Report of the Bombay Plague Committee
Disease focus: Plague
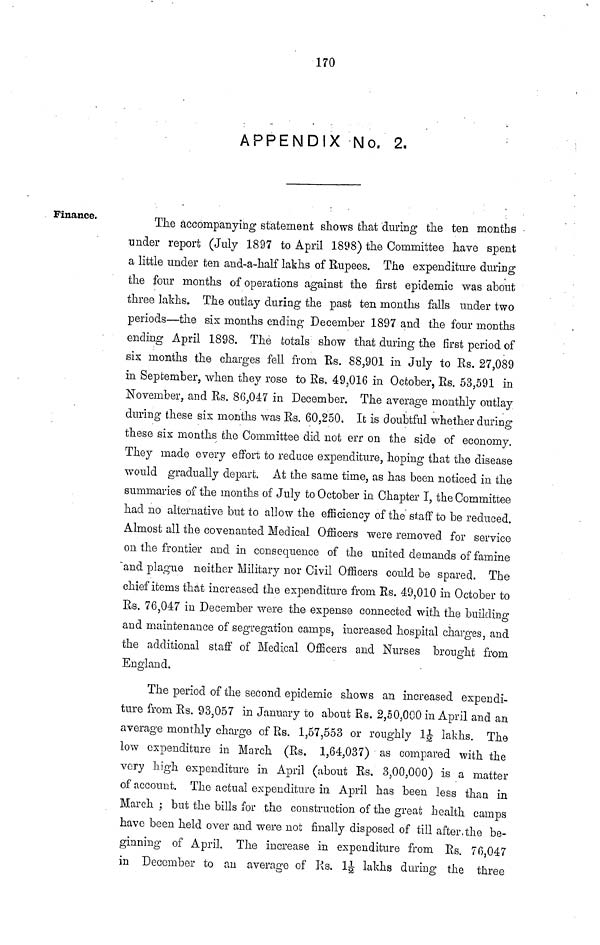
170
APPENDIX No. 2.
Finance.
The accompanying statement shows that during the ten months
under report (July 1897 to April 1898) the Committee have spent
a little under ten and-a-half lakhs of Rupees. The expenditure during
the four months of operations against the first epidemic was about
three lakhs. The outlay during the past ten months falls under two
periods—the six months ending December 1897 and the four months
ending April 1898. The totals show that during the first period of
six months the charges fell from Ks. 88,901 in July to Es. 27,089
in September, when they rose to Es, 49,016 in October, Es. 53,591 in
November, and Es. 86,047 in December. The average monthly outlay
during these six months was Es. 60,250. It is doubtful whether during
these six months the Committee did not err on the side of economy.
They made every effort to reduce expenditure, hoping that the disease
would gradually depart. At the same time, as has been noticed in the
summaries of the months of July to October in Chapter I, the Committee
had no alternative but to allow the efficiency of the staff to be reduced.
Almost all the covenanted Medical Officers were removed for service
on the frontier and in consequence of the united demands of famine
and plague neither Military nor Civil Officers could be spared. The
chief items that increased the expenditure from Rs. 49,010 in October to
Es. 76,047 in December were the expense connected with the building
and maintenance of segregation camps, increased hospital charges, and
the additional staff of Medical Officers and Nurses brought from
England.
The period of the second epidemic shows an increased expendi-
ture from Es. 93,057 in January to about Rs. 2,50,000 in April and an
average monthly charge of Es. 1,57,553 or roughly 1^ lakhs. The
low expenditure in March (Es. 1,64,037) as compared with the
very high expenditure in April (about Es, 3,00,000) is a matter
of account. The actual expenditure in April has been less than in
March; but the bills for the construction of the great health camps
have been held over and were not finally disposed of till after.the be-
ginning of April. The increase in expenditure from Es. 76,047
in December to an average of Ks. 1J lakhs during the three